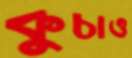
কুচাও